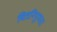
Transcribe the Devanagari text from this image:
चित्रनिपुणता